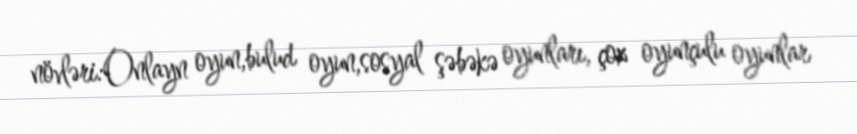
növləri:Onlayn oyun,bulud oyun,sosyal şəbəkə oyunları, çox oyunçulu oyunlar